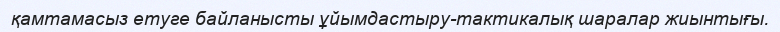
қамтамасыз етуге байланысты ұйымдастыру-тактикалық шаралар жиынтығы.